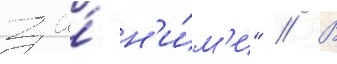
за́ н'и́м'и" // В